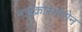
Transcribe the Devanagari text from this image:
माइक्रोस्पोरोन